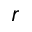
r